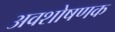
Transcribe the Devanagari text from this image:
अवशोषणक